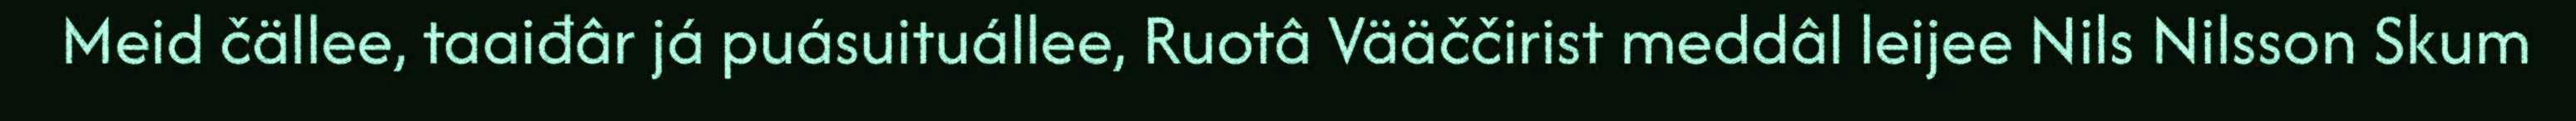
Meid čällee, taaiđâr já puásuituállee, Ruotâ Vääččirist meddâl leijee Nils Nilsson Skum